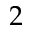
2